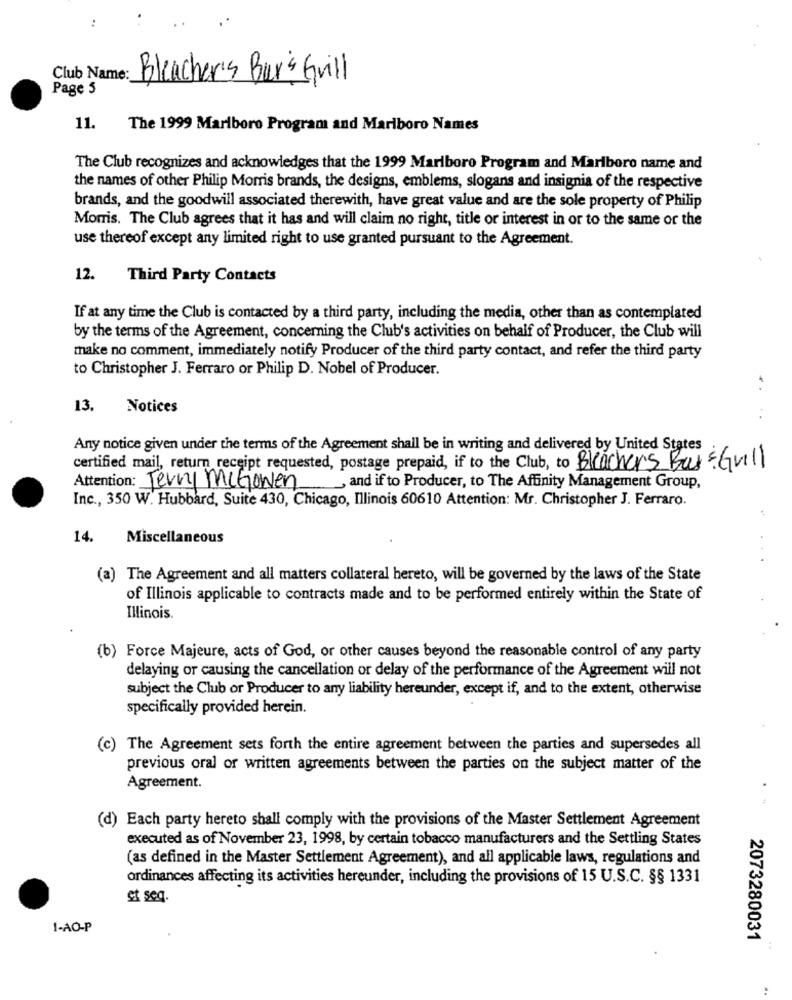
Club Name:
Bleacher's Bur's Grill
Page 5
11.
The 1999 Marlboro Program and Marlboro Names
The Club recognizes and acknowledges that the 1999 Marlboro Program and Marlboro name and
the names of other Philip Morris brands, the designs, emblems, slogans and insignia of the respective
brands, and the goodwill associated therewith, have great value and are the sole property of Philip
Morris. The Club agrees that it has and will claim no right, title or interest in or to the same or the
use thereof except any limited right to use granted pursuant to the Agreement.
12.
Third Party Contacts
If at any time the Club is contacted by a third party, including the media, other than as contemplated
by the terms of the Agreement, concerning the Club's activities on behalf of Producer, the Club will
make no comment, immediately notify Producer of the third party contact, and refer the third party
to Christopher J. Ferraro or Philip D. Nobel of Producer.
13.
Notices
Any notice given under the terms of the Agreement shall be in writing and delivered by United States
certified mail, return receipt requested, postage prepaid, if to the Club, to Bleachers Bar & Grill
Attention: Terry McGowen, and if to Producer, to The Affinity Management Group,
Inc ., 350 W. Hubbard, Suite 430, Chicago, Illinois 60610 Attention: Mr. Christopher J. Ferraro.
14.
Miscellaneous
(a) The Agreement and all matters collateral hereto, will be governed by the laws of the State
of Illinois applicable to contracts made and to be performed entirely within the State of
Illinois.
(b) Force Majeure, acts of God, or other causes beyond the reasonable control of any party
delaying or causing the cancellation or delay of the performance of the Agreement will not
subject the Club or Producer to any liability hereunder, except if, and to the extent, otherwise
specifically provided herein.
(c) The Agreement sets forth the entire agreement between the parties and supersedes all
previous oral or written agreements between the parties on the subject matter of the
Agreement.
(d) Each party hereto shall comply with the provisions of the Master Settlement Agreement
executed as of November 23, 1998, by certain tobacco manufacturers and the Settling States
(as defined in the Master Settlement Agreement), and all applicable laws, regulations and
ordinances affecting its activities hereunder, including the provisions of 15 U.S.C. §§ 1331
et seq.
1-AO-P
2073280031
..